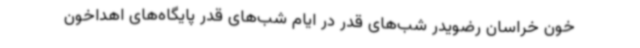
خون خراسان رضویدر شب‌های قدر در ایام شب‌های قدر پایگاه‌های اهداخون